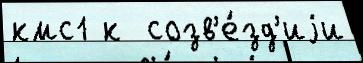
кмс1 к  созв'е́зд'иjи